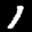
Label: 1